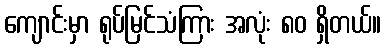
ကျောင်းမှာ ရုပ်မြင်သံကြား အလုံး ၈၀ ရှိတယ်။